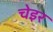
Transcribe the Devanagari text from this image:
चेइर